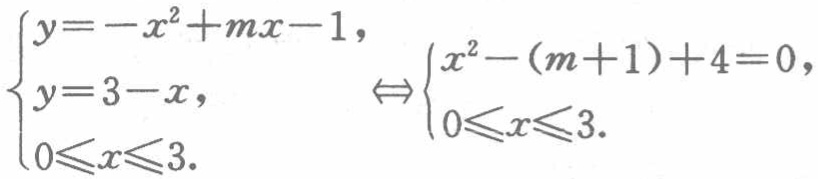
$\begin{cases}y=-x^{2}+mx - 1,\\y = 3 - x,\\0\leqslant x\leqslant3.\end{cases}\Leftrightarrow\begin{cases}x^{2}-(m + 1)+4 = 0,\\0\leqslant x\leqslant3.\end{cases}$